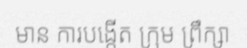
មាន ការបង្កើត ក្រុម ព្រឹក្សា